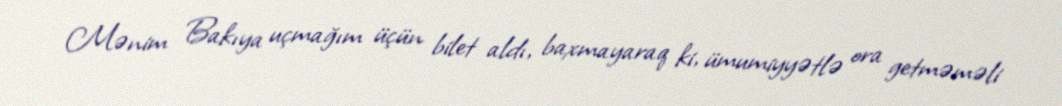
Mənim Bakıya uçmağım üçün bilet aldı, baxmayaraq ki, ümumiyyətlə ora getməməli